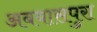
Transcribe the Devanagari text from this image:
अबबासपुरा